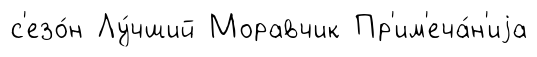
с'езо́н Лу́чший Моравчик Пр'им'еча́н'иjа